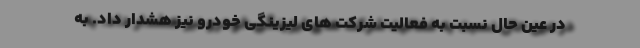
در عین حال نسبت به فعالیت شرکت های لیزینگی خودرو نیز هشدار داد. به